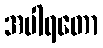
အပါရတော